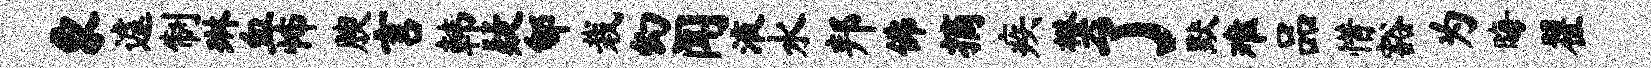
象遽制琳血怖腴言韩疑郇栽幻闻液水邦佛摘疾樊了默难品惜豁为晦翟